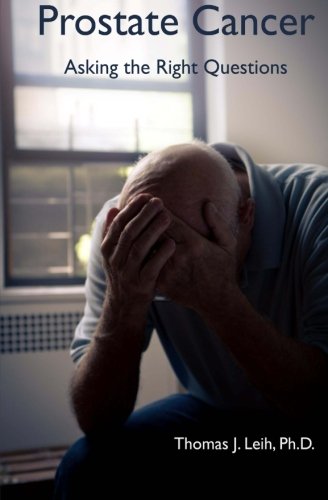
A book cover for Prostate Cancer Asking the Right Questions; Thomas J. Leih PhD; Health, Fitness & Dieting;